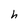
Character: h